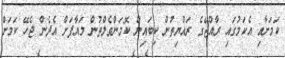
ކަމަށާއި އެކަމުގައި ރާއްޖޭގެ ރައްޔިތުން ކިބައިން ކޮމަންވެލްތުން މައާފަށް އެދެން ޖެހޭ ކަމަށް